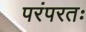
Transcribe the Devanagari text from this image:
परंपरतः